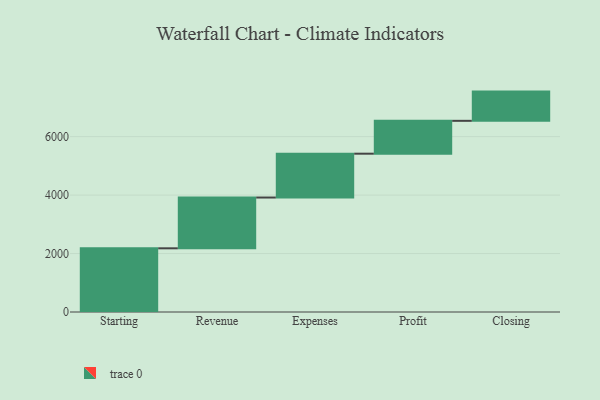
{"axis": {"x": "Step", "y": "Value"}, "legend": [""], "data": [{"x": "Starting", "y": 2179.0, "type": ""}, {"x": "Revenue", "y": 1737.0, "type": ""}, {"x": "Expenses", "y": 1500.0, "type": ""}, {"x": "Profit", "y": 1124.0, "type": ""}, {"x": "Closing", "y": 1000, "type": ""}]}